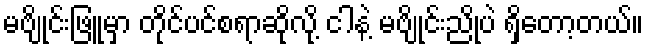
မဗျိုင်းဖြူမှာ တိုင်ပင်စရာဆိုလို့ ငါနဲ့ မဗျိုင်းညိုပဲ ရှိတော့တယ်။